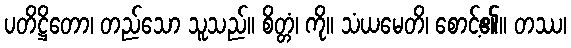
ပတိဋ္ဌိတော၊ တည်သော သူသည်။ စိတ္တံ၊ ကို။ သံယမေတိ၊ စောင့်၏။ တဿ၊